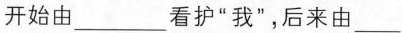
开始由___看护”我”，后来由___